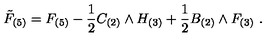
{ \tilde { F } } _ { ( 5 ) } = F _ { ( 5 ) } - { \frac { 1 } { 2 } } C _ { ( 2 ) } \wedge H _ { ( 3 ) } + { \frac { 1 } { 2 } } B _ { ( 2 ) } \wedge F _ { ( 3 ) } \ .